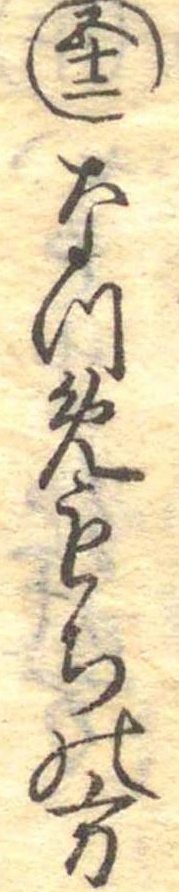
五十二なつめもちの方